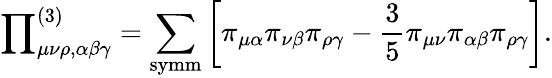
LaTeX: {\prod}_{\mu\nu\rho,\alpha\beta\gamma}^{(3)}=\sum_{\mathrm{symm}}\left[\pi_{\mu\alpha}\pi_{\nu\beta}\pi_{\rho\gamma}-\frac{3}{5}\pi_{\mu\nu}\pi_{\alpha\beta}\pi_{\rho\gamma}\right].